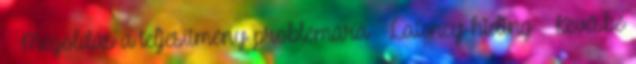
● Megoldás a teljesítmény problémára – Latency-hiding – Kevésbé